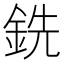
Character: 銑